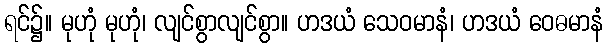
ရင်၌။ မုဟုံ မုဟုံ၊ လျင်စွာလျင်စွာ။ ဟဒယံ သေဝမာနံ၊ ဟဒယံ ဝေဓမာနံ